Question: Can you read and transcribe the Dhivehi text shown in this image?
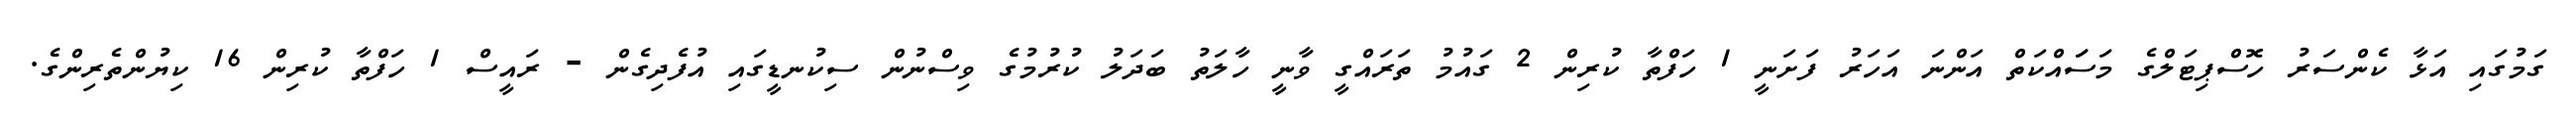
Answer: ގަމުގައި އަޅާ ކެންސަރު ހޮސްޕިޓަލްގެ މަސަައްކަތް އަންނަ އަހަރު ފަށަނީ 1 ހަފްތާ ކުރިން 2 ގައުމު ތަރައްގީ ވާނީ ހާލަތު ބަދަލު ކުރުމުގެ ވިސްނުން ސިކުނޑީގައި އުފެދިގެން - ރައީސް 1 ހަފްތާ ކުރިން 16 ކިޔުންތެރިންގެ.